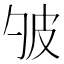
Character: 𤿈